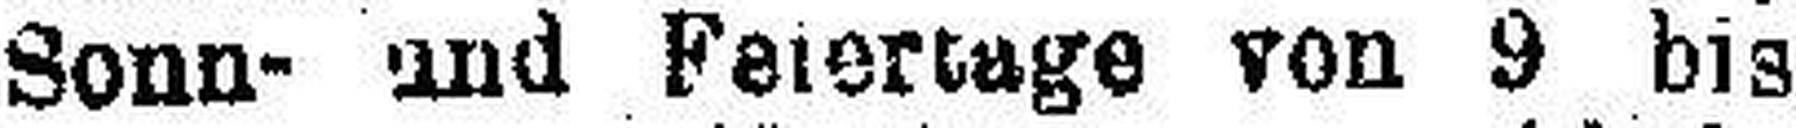
Sonn- und Feiertage von 9 bis